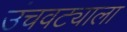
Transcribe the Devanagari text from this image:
उंचवट्याला